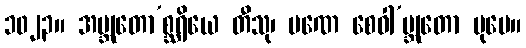
၁၀၂၃။ အဗ္ဘုတော’စ္ဆရိယေ တီသု၊ ပဏေ စေဝါ’ဗ္ဘုတော ပုမေ။